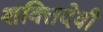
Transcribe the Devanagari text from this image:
शक्तिदेवी